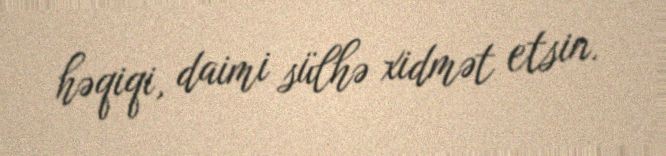
həqiqi, daimi sülhə xidmət etsin.